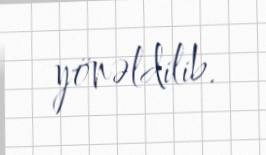
yönəldilib.